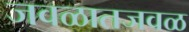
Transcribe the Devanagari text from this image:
जवळातजवळ